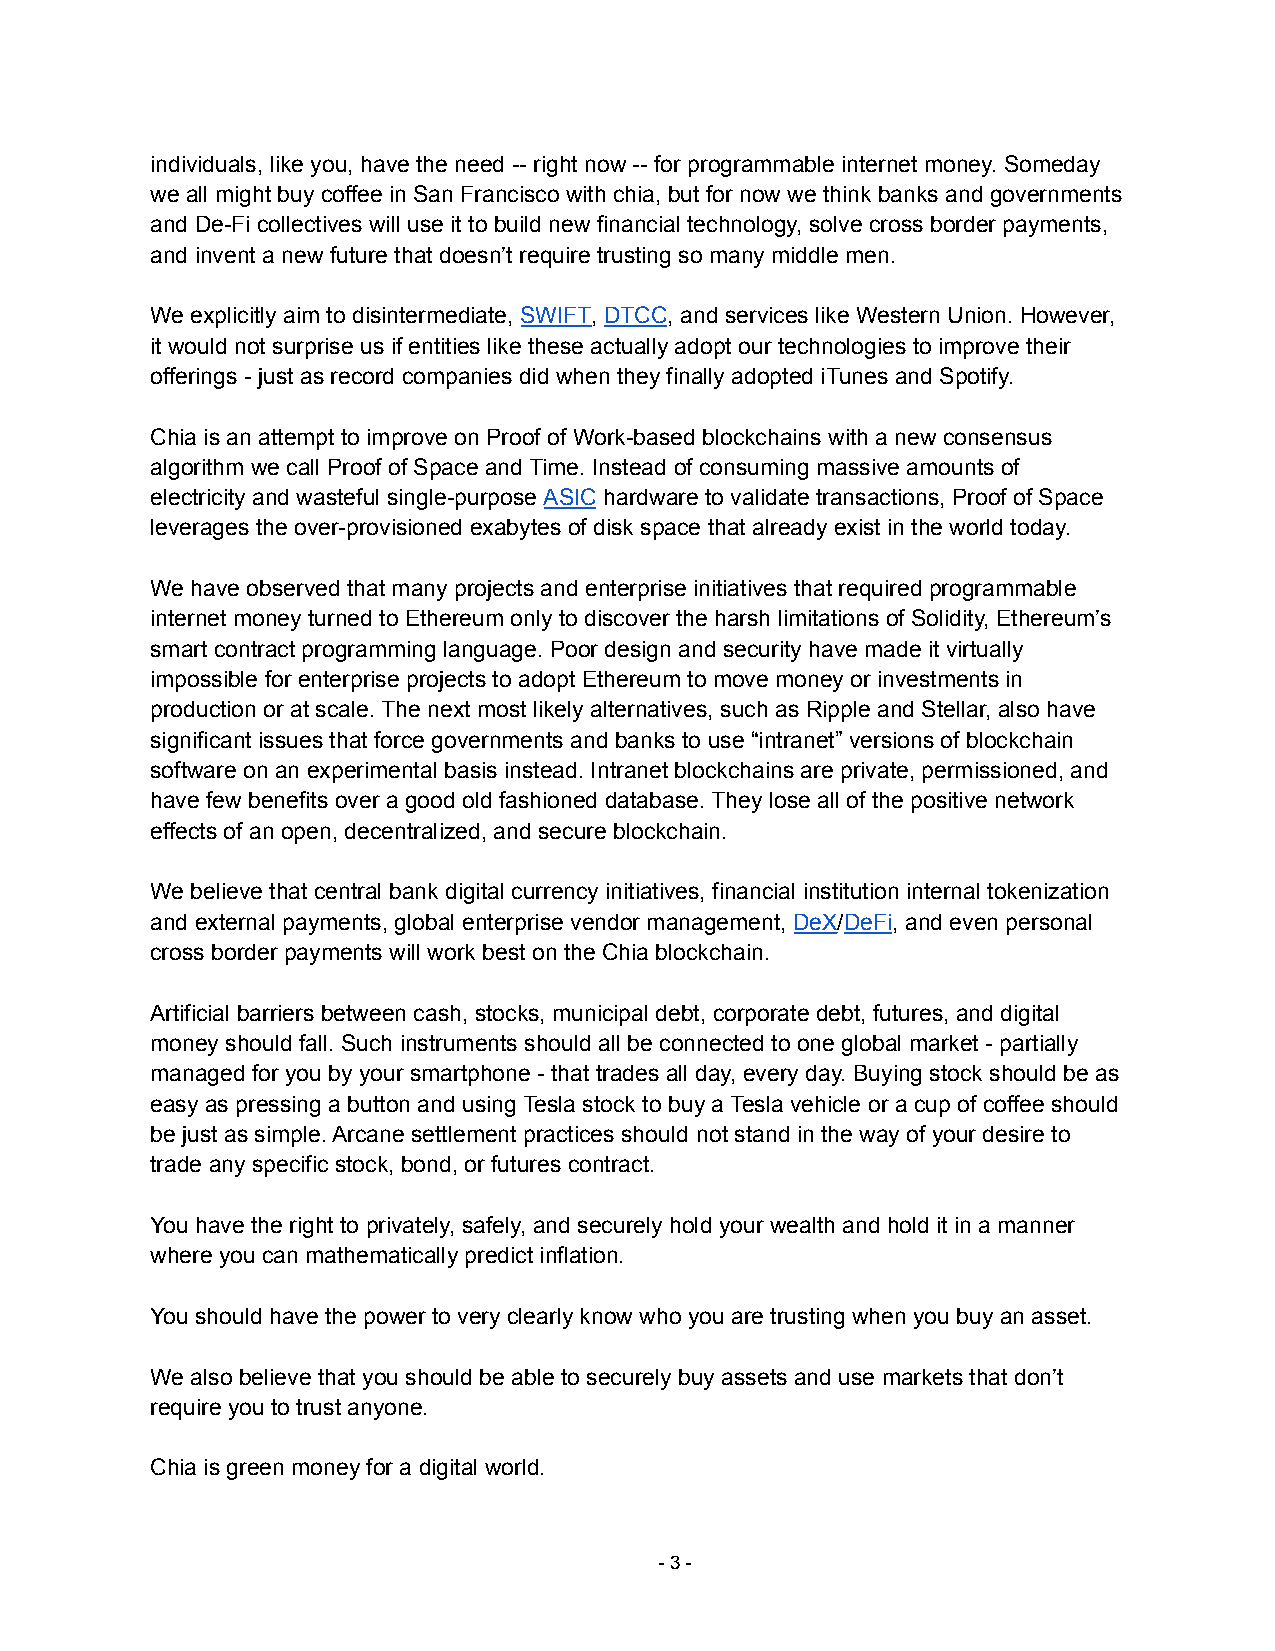
individuals, like you, have the need -- right now -- for programmable internet money. Someday
 we all might buy coffee in San Francisco with chia, but for now we think banks and governments
 and De-Fi collectives will use it to build new financial technology, solve cross border payments,
 and invent a new future that doesn’t require trusting so many middle men.
 We explicitly aim to disintermediate, SWIFT, DTCC, and services like Western Union. However,
 it would not surprise us if entities like these actually adopt our technologies to improve their
 offerings - just as record companies did when they finally adopted iTunes and Spotify.
 Chia is an attempt to improve on Proof of Work-based blockchains with a new consensus
 algorithm we call Proof of Space and Time. Instead of consuming massive amounts of
 electricity and wasteful single-purpose ASIC hardware to validate transactions, Proof of Space
 leverages the over-provisioned exabytes of disk space that already exist in the world today.
 We have observed that many projects and enterprise initiatives that required programmable
 internet money turned to Ethereum only to discover the harsh limitations of Solidity, Ethereum’s
 smart contract programming language. Poor design and security have made it virtually
 impossible for enterprise projects to adopt Ethereum to move money or investments in
 production or at scale. The next most likely alternatives, such as Ripple and Stellar, also have
 significant issues that force governments and banks to use “intranet” versions of blockchain
 software on an experimental basis instead. Intranet blockchains are private, permissioned, and
 have few benefits over a good old fashioned database. They lose all of the positive network
 effects of an open, decentralized, and secure blockchain.
 We believe that central bank digital currency initiatives, financial institution internal tokenization
 and external payments, global enterprise vendor management, DeX/DeFi, and even personal
 cross border payments will work best on the Chia blockchain.
 Artificial barriers between cash, stocks, municipal debt, corporate debt, futures, and digital
 money should fall. Such instruments should all be connected to one global market - partially
 managed for you by your smartphone - that trades all day, every day. Buying stock should be as
 easy as pressing a button and using Tesla stock to buy a Tesla vehicle or a cup of coffee should
 be just as simple. Arcane settlement practices should not stand in the way of your desire to
 trade any specific stock, bond, or futures contract.
 You have the right to privately, safely, and securely hold your wealth and hold it in a manner
 where you can mathematically predict inflation.
 You should have the power to very clearly know who you are trusting when you buy an asset.
 We also believe that you should be able to securely buy assets and use markets that don’t
 require you to trust anyone.
 Chia is green money for a digital world.
 -3-